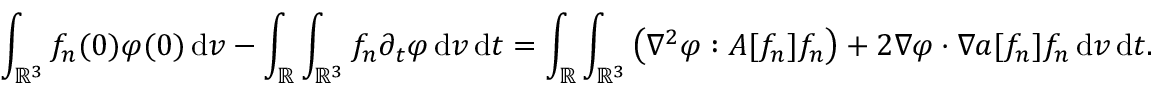
\int _ { \ensuremath { { \mathbb R } } ^ { 3 } } f _ { n } ( 0 ) \varphi ( 0 ) \, \mathrm { d } v - \int _ { \ensuremath { { \mathbb R } } } \int _ { \ensuremath { { \mathbb R } } ^ { 3 } } f _ { n } \partial _ { t } \varphi \, \mathrm { d } v \, \mathrm { d } t = \int _ { \ensuremath { { \mathbb R } } } \int _ { \ensuremath { { \mathbb R } } ^ { 3 } } \left( \nabla ^ { 2 } \varphi : A [ f _ { n } ] f _ { n } \right) + 2 \nabla \varphi \cdot \nabla a [ f _ { n } ] f _ { n } \, \mathrm { d } v \, \mathrm { d } t .